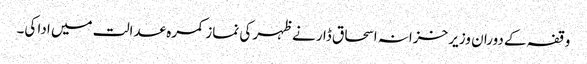
وقفہ کے دوران وزیر خزانہ اسحاق ڈا ر نے ظہر کی نماز کمرہ عدالت میں ادا کی۔